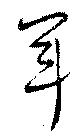
軍